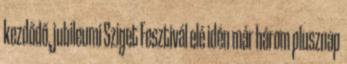
kezdődő, jubileumi Sziget Fesztivál elé idén már három plusznap